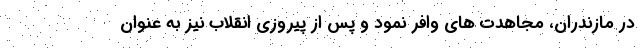
در مازندران، مجاهدت های وافر نمود و پس از پیروزی انقلاب نیز به عنوان